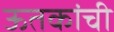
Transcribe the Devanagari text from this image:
ऊतकांची